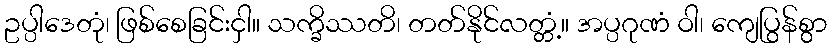
ဥပ္ပါဒေတုံ၊ ဖြစ်စေခြင်းငှါ။ သက္ခိဿတိ၊ တတ်နိုင်လတ္တံ့။ အပ္ပဂုဏံ ဝါ၊ ကျေပြွန်စွာ